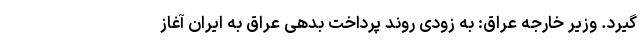
گیرد. وزیر خارجه عراق: به زودی روند پرداخت بدهی عراق به ایران آغاز